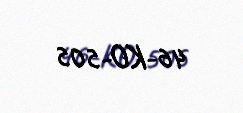
46-KO-505